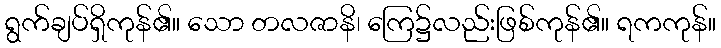
ရွက်ချပ်ရှိကုန်၏။ သော တလဇာနိ၊ ကြေ၌လည်းဖြစ်ကုန်၏။ ရကကုန်။